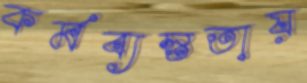
কর্মব্যস্ততায়